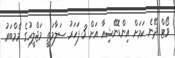
ވޯޓް ދޭނެ ކަމަށް އިންޑޮނޭޝިއާ އަށް 3 ފަހަރު ސަލާމަތީ މަޖްލީހުގެ މެމްބަރު